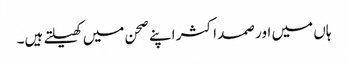
ہاں میں اور صمد اکثر اپنے صحن میں کھیلتے ہیں۔